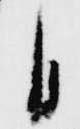
日